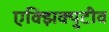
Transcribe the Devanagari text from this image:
एक्झिक्युटीव